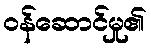
ဝန်ဆောင်မှု၏